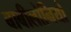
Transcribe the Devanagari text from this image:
बाबीलोनियो